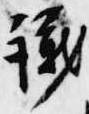
議